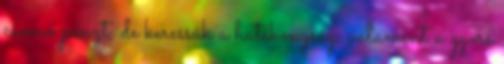
csomó pénzt, de keressük a hatékonyság, valamint a gyors